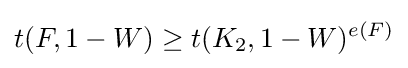
t(F,1-W)\geq t(K_{2},1-W)^{e(F)}